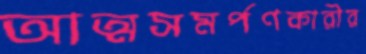
আত্মসমর্পণকারীর